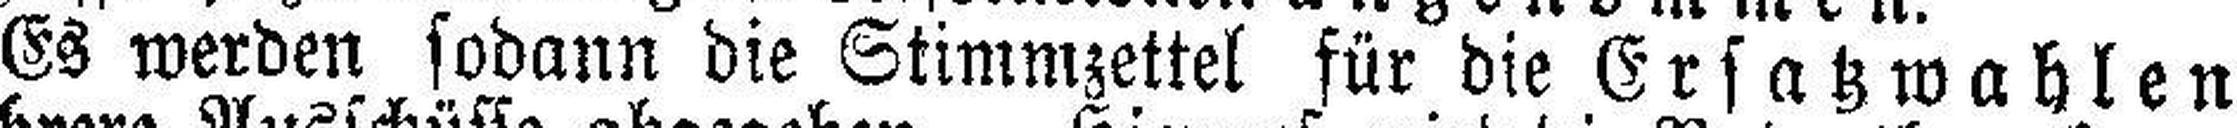
Es werden sodann die Stimmzettel für die Ersatzwahlen